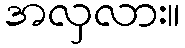
အလှလား။